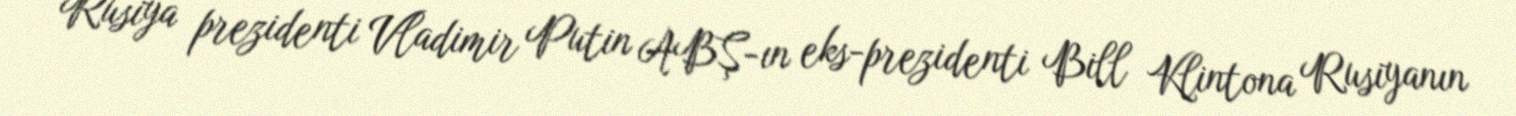
Rusiya prezidenti Vladimir Putin ABŞ-ın eks-prezidenti Bill Klintona Rusiyanın